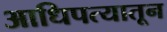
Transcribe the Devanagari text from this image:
आधिपत्यातून